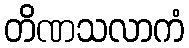
တိဏသလာကံ